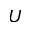
U